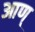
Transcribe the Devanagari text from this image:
आण्